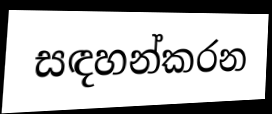
සඳහන්කරන